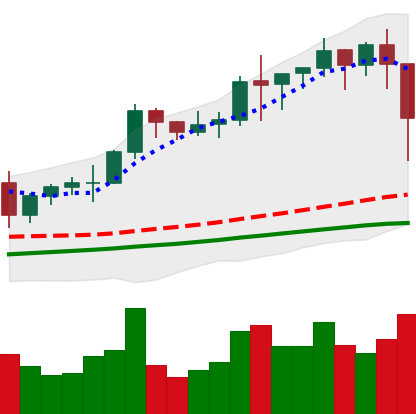
Ticker: BNB-USD
Chart end date: 2021-01-11
Forward return: 12.51%
Label: up_7plus